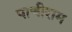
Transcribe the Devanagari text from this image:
पाचीराम